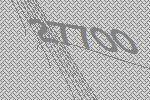
27700